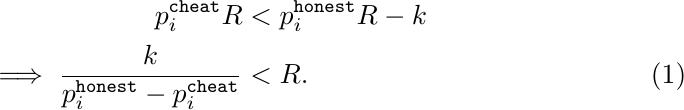
\begin{align}
    p_i^{\mathtt{cheat}}R & < p_i^{\mathtt{honest}}R-k \nonumber \\
    \implies \frac{k}{p_i^{\mathtt{honest}}-p_i^{\mathtt{cheat}}} & < R.
\end{align}